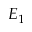
E _ { 1 }